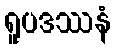
ရူပဒဿနံ